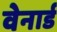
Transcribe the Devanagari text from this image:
वेनार्ड